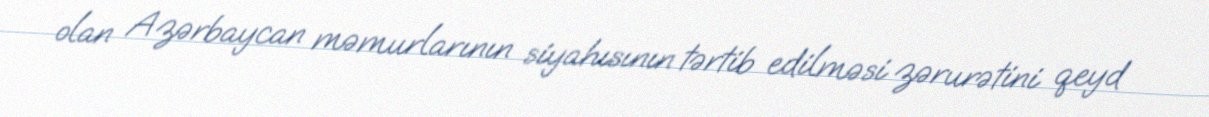
olan Azərbaycan məmurlarının siyahısının tərtib edilməsi zərurətini qeyd